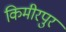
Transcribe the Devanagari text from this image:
किमीरपुर